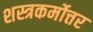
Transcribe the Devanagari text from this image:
शस्त्रकर्मोत्तर